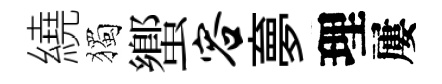
繞獨蠁容夣理屢